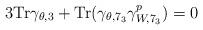
LaTeX: \begin{align*}3 {\rm Tr}\gamma_{\theta,3}+{\rm Tr}(\gamma_{\theta,7_3}\gamma_{W,7_3}^{p})=0\end{align*}